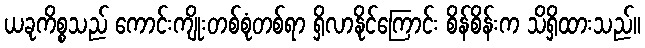
ယခုကိစ္စသည် ကောင်းကျိုးတစ်စုံတစ်ရာ ရှိလာနိုင်ကြောင်း စိန်စိန်းက သိရှိထားသည်။